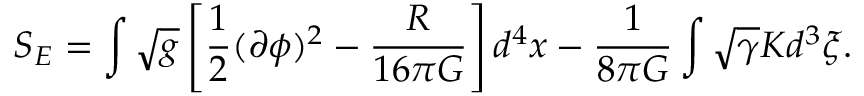
S _ { E } = \int \sqrt { g } \left[ { \frac { 1 } { 2 } } ( \partial \phi ) ^ { 2 } - { \frac { \cal R } { 1 6 \pi G } } \right] d ^ { 4 } x - { \frac { 1 } { 8 \pi G } } \int \sqrt { \gamma } K d ^ { 3 } \xi .